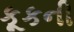
કૂકની